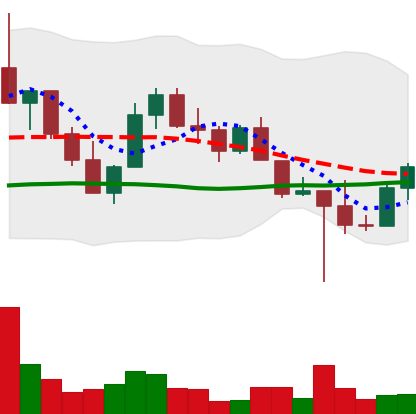
Ticker: LINK-USD
Chart end date: 2022-10-17
Forward return: -6.309%
Label: down_5_7